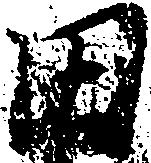
田